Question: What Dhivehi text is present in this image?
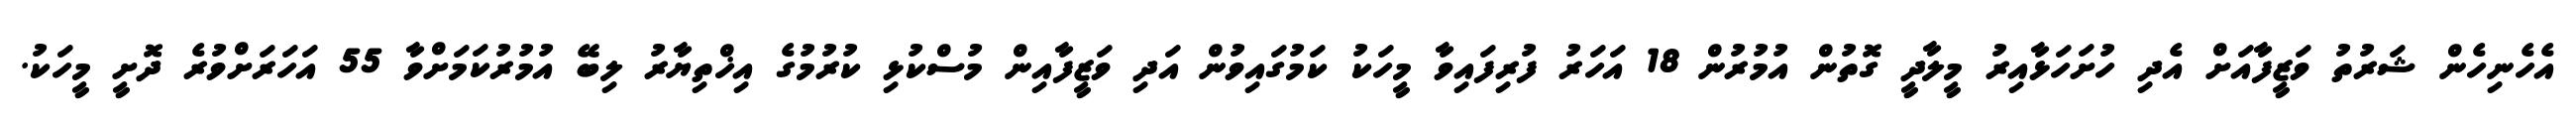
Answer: އެހެނިހެން ޝަރުތު ވަޒީފާއަށް އެދި ހުށަހަޅާއިރު މީލާދީ ގޮތުން އުމުރުން 18 އަހަރު ފުރިފައިވާ މީހަކު ކަމުގައިވުން އަދި ވަޒީފާއިން މުސްކުޅި ކުރުމުގެ އިޚްތިޔާރު ލިބޭ އުމުރުކަމަށްވާ 55 އަހަރަށްވުރެ ދޮށީ މީހަކު.